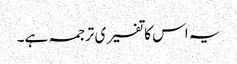
یہ اس کا تفسیری ترجمہ ہے۔